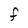
Character: f